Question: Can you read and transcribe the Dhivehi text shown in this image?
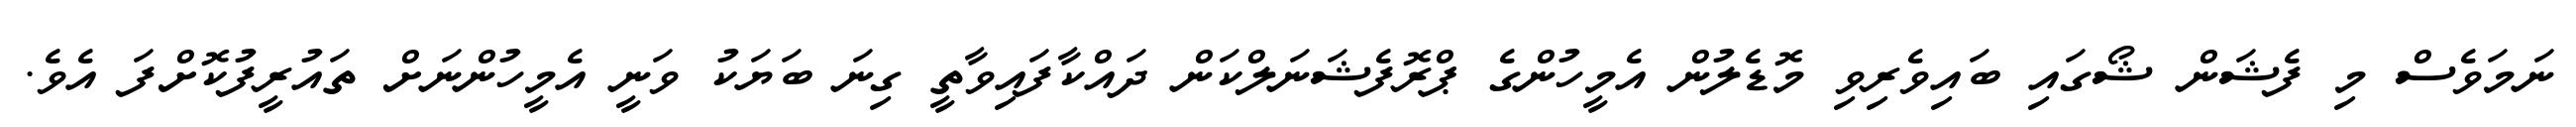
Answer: ނަމަވެސް މި ފެޝަން ޝޯގައި ބައިވެރިވި މޮޑެލުން އެމީހުންގެ ޕްރޮފެޝަނަލްކަން ދައްކާފައިވާތީ ގިނަ ބަޔަކު ވަނީ އެމީހުންނަށް ތައުރީފުކޮށްފަ އެވެ.